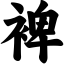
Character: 裨